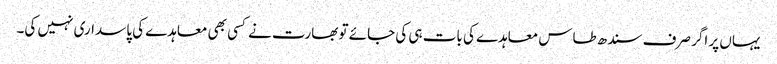
یہاں پر اگر صرف سندھ طاس معاہدے کی بات ہی کی جائے تو بھارت نے کسی بھی معاہدے کی پاسداری نہیں کی۔